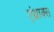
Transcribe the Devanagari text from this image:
एंथ्राक्स